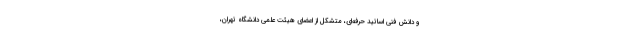
و دانش فنی اساتید حرفه‌ای، متشکل از اعضای هیئت علمی دانشگاه تهران،